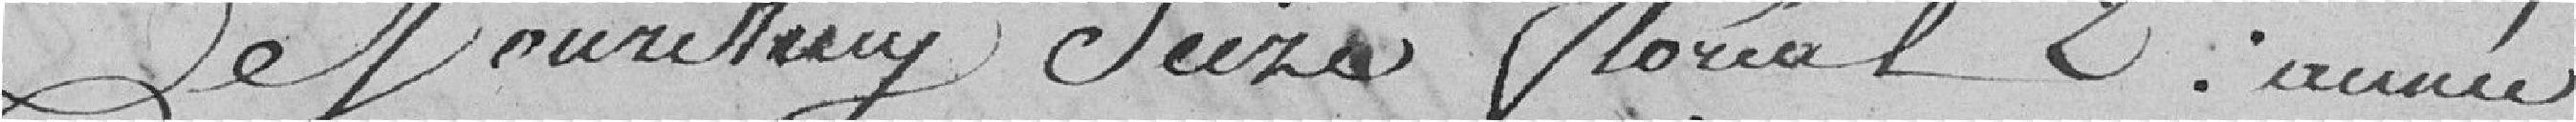
Ce Jourd'huy Seize floréal 2 . année